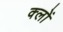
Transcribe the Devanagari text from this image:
क्लों